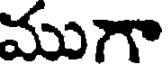
ముగా